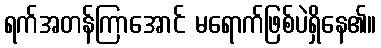
ရက်အတန်ကြာအောင် မရောက်ဖြစ်ပဲရှိနေ၏။